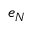
e _ { N }